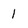
Character: 1